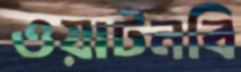
ওয়াটনবি